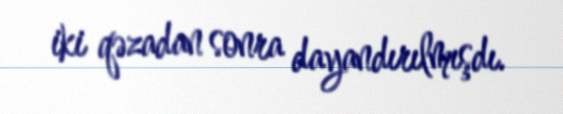
iki qəzadan sonra dayandırılmışdı.